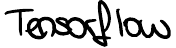
Tensorflow